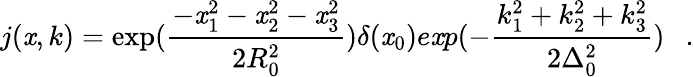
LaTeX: j(\mathit{x},k)=\exp(\frac{{-\mathit{x}_{1}^{2}-\mathit{x}_{2}^{2}-\mathit{x}_{3}^{2}}}{{2R_{0}^{2}}})\delta(\mathit{x}_{0})e\mathit{x}p(-\frac{{k_{1}^{2}+k_{2}^{2}+k_{3}^{2}}}{{2\Delta_{0}^{2}}})~~~.